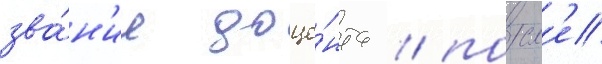
зва́н'ие доце́нта / посл'е